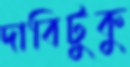
দাবিটুকু